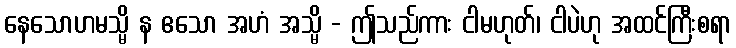
နေသောဟမသ္မိ န ဧသော အဟံ အသ္မိ - ဤသည်ကား ငါမဟုတ်၊ ငါပဲဟု အထင်ကြီးစရာ